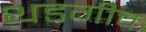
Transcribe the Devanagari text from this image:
थडगीच